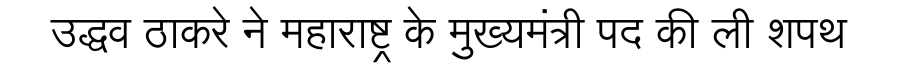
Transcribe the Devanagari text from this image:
उद्धव ठाकरे ने महाराष्ट्र के मुख्यमंत्री पद की ली शपथ